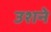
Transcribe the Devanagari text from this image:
उशने